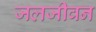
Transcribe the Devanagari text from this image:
जलजीवन